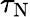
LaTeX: \tau_{\mathrm{N}}